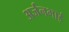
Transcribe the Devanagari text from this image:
अर्जनभाई